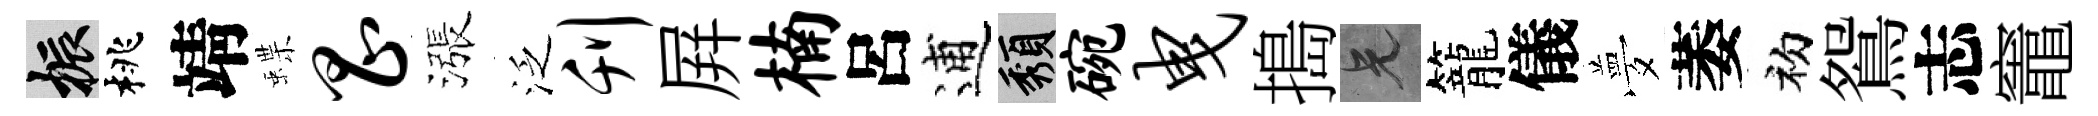
振桃靖蝶昌漲泛刊屛楠呂逋頽碗曳搗兄籠儀夢萎初鴛志竈